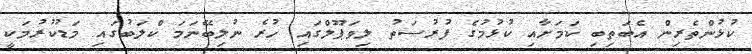
ކުޅުންތެރިން އެބަތިބި ކަމަށާއި ކުޅުމުގެ ފުރުސަތު ލިވަޕޫލްގައި ހުރެ ނުލިބޭނަމަ ކްލަބުގައި މަޑުކުރުމަކީ